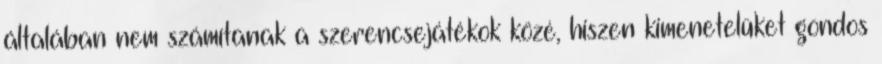
általában nem számítanak a szerencsejátékok közé, hiszen kimenetelüket gondos